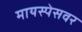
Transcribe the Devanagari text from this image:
मायस्पेसवर